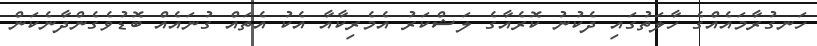
ހަނގުރާމައެއްގެ ހާލަތުގައި ދެކުނު ކޮރެއާގެ ލަޝްކަރު އެމެރިކާއާ އެކު އެތައް ގުނައެއް ބޮޑުވެގެންދާނެކަން